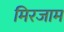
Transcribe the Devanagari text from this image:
मिरजाम